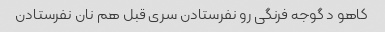
کاهو د گوجه فرنگی رو نفرستادن سری قبل هم نان نفرستادن